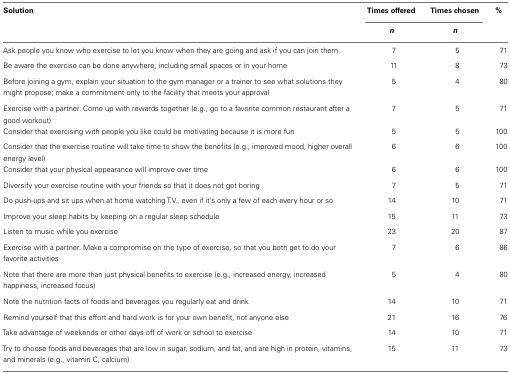
| Solution | Times offered | Times chosen | % |
 |  | n | n |  |
 | --- | --- | --- | --- |
 | Ask people you know who exercise to let you know when they are going and ask if you can join them | 7 | 5 | 71 |
 | Be aware the exercise can be done anywhere, including small spaces or in your home | 11 | 8 | 73 |
 | Before joining a gym, explain your situation to the gym manager or a trainer to see what solutions they might propose; make a commitment only to the facility that meets your approval | 5 | 4 | 80 |
 | Exercise with a partner. Come up with rewards together (e.g., go to a favorite common restaurant after a good workout) | 7 | 5 | 71 |
 | Consider that exercising with people you like could be motivating because it is more fun | 5 | 5 | 100 |
 | Consider that the exercise routine will take time to show the benefits (e.g., improved mood, higher overall energy level) | 6 | 6 | 100 |
 | Consider that your physical appearance will improve over time | 6 | 6 | 100 |
 | Diversify your exercise routine with your friends so that it does not get boring | 7 | 5 | 71 |
 | Do push-ups and sit ups when at home watching T.V., even if it’s only a few of each every hour or so | 14 | 10 | 71 |
 | Improve your sleep habits by keeping on a regular sleep schedule | 15 | 11 | 73 |
 | Listen to music while you exercise | 23 | 20 | 87 |
 | Exercise with a partner. Make a compromise on the type of exercise, so that you both get to do your favorite activities | 7 | 6 | 86 |
 | Note that there are more than just physical benefits to exercise (e.g., increased energy, increased happiness, increased focus) | 5 | 4 | 80 |
 | Note the nutrition facts of foods and beverages you regularly eat and drink | 14 | 10 | 71 |
 | Remind yourself that this effort and hard work is for your own benefit, not anyone else | 21 | 16 | 76 |
 | Take advantage of weekends or other days off of work or school to exercise | 14 | 10 | 71 |
 | Try to choose foods and beverages that are low in sugar, sodium, and fat, and are high in protein, vitamins, and minerals (e.g., vitamin C, calcium) | 15 | 11 | 73 |